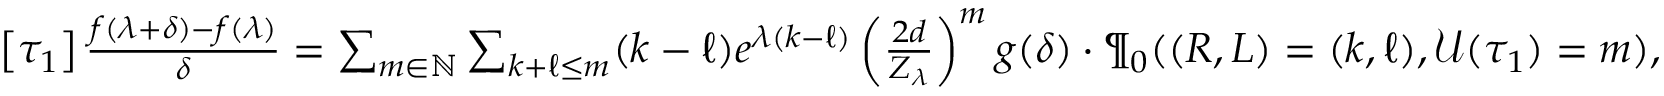
\begin{array} { r } { \! \left[ \tau _ { 1 } \right] \frac { f ( \lambda + \delta ) - f ( \lambda ) } { \delta } = \sum _ { m \in \mathbb { N } } \sum _ { k + \ell \leq m } ( k - \ell ) e ^ { \lambda ( k - \ell ) } \left( \frac { 2 d } { Z _ { \lambda } } \right) ^ { m } g ( \delta ) \cdot \P _ { 0 } ( ( R , L ) = ( k , \ell ) , \mathcal { U } ( \tau _ { 1 } ) = m ) , } \end{array}